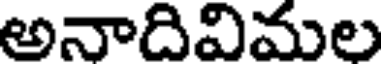
అనాదివిమల